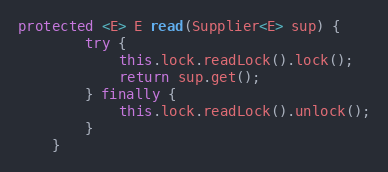
Language: Java
protected <E> E read(Supplier<E> sup) {
        try {
            this.lock.readLock().lock();
            return sup.get();
        } finally {
            this.lock.readLock().unlock();
        }
    }